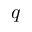
q